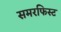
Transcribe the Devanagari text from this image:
समरफिस्ट